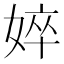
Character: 𡝵